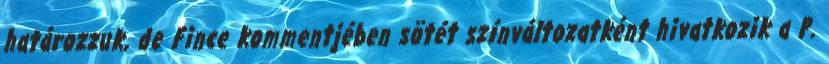
határozzuk, de Fince kommentjében sötét színváltozatként hivatkozik a P.